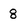
Character: 8